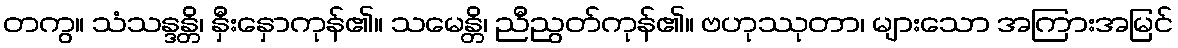
တကွ။ သံသန္ဒန္တိ၊ နှီးနှောကုန်၏။ သမေန္တိ၊ ညီညွတ်ကုန်၏။ ဗဟုဿုတာ၊ များသော အကြားအမြင်